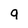
Character: q